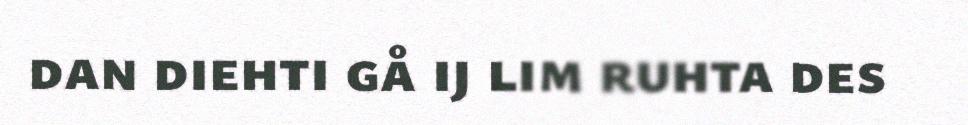
dan diehti gå ij lim ruhta des